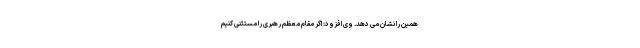
همین را نشان می دهد. وی افزود: اگر مقام معظم رهبری را مستثنی کنیم